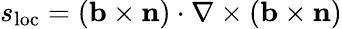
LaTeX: s_{\mathrm{loc}}=(\mathbf{b}\times\mathbf{n})\cdot\nabla\times(\mathbf{b}\times\mathbf{n})